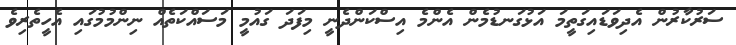
ސަރުކާރުން އެދިވަޑައިގަތީމަ އަޅުގަނޑުމެން އެންމެ އިސްކަންދެނީ މިފަދަ ގައުމީ މަސައްކަތެއް ނިންމުމުގައި އެހީތެރިވެ